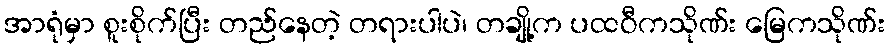
အာရုံမှာ စူးစိုက်ပြီး တည်နေတဲ့ တရားပါပဲ၊ တချို့က ပထဝီကသိုဏ်း မြေကသိုဏ်း